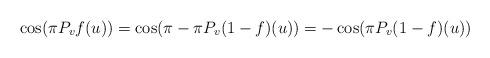
LaTeX: \begin{align*}\cos(\pi P_{v} f(u))=\cos(\pi-\pi P_{v} (1-f)(u))=-\cos(\pi P_{v} (1-f)(u))\end{align*}